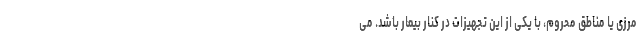
مرزی یا مناطق محروم، با یکی از این تجهیزات در کنار بیمار باشد. می